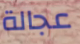
عجالة